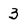
Character: 3